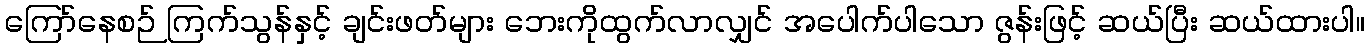
ကြော်နေစဉ် ကြက်သွန်နှင့် ချင်းဖတ်များ ဘေးကိုထွက်လာလျှင် အပေါက်ပါသော ဇွန်းဖြင့် ဆယ်ပြီး ဆယ်ထားပါ။